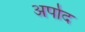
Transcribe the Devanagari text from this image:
अर्पाद